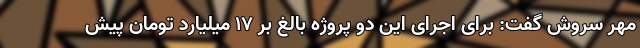
مهر سروش گفت: برای اجرای این دو پروژه بالغ بر ۱۷ میلیارد تومان پیش